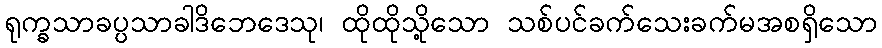
ရုက္ခသာခပ္ပသာခါဒိဘေဒေသု၊ ထိုထိုသို့သော သစ်ပင်ခက်သေးခက်မအစရှိသော